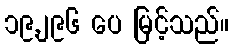
၁၉,၂၉၆ ပေ မြင့်သည်။